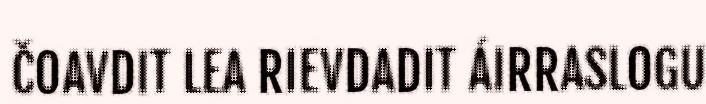
ČOAVDIT LEA RIEVDADIT ÁIRRASLOGU